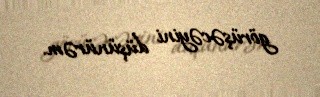
görüşəcəyini düşünürəm.